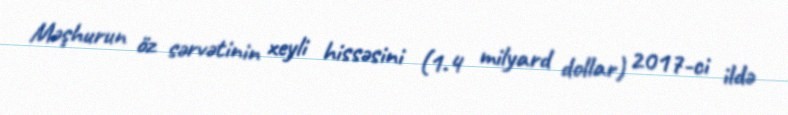
Məşhurun öz sərvətinin xeyli hissəsini (1.4 milyard dollar) 2017-ci ildə